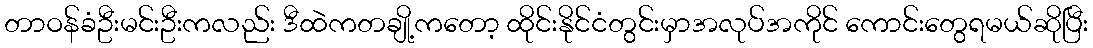
တာဝန်ခံဦးမင်းဦးကလည်း ဒီထဲကတချို့ကတော့ ထိုင်းနိုင်ငံတွင်းမှာအလုပ်အကိုင် ကောင်းတွေရမယ်ဆိုပြီး